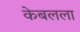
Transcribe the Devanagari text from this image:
केबलला